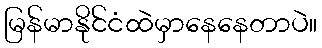
မြန်မာနိုင်ငံထဲမှာနေနေတာပဲ။